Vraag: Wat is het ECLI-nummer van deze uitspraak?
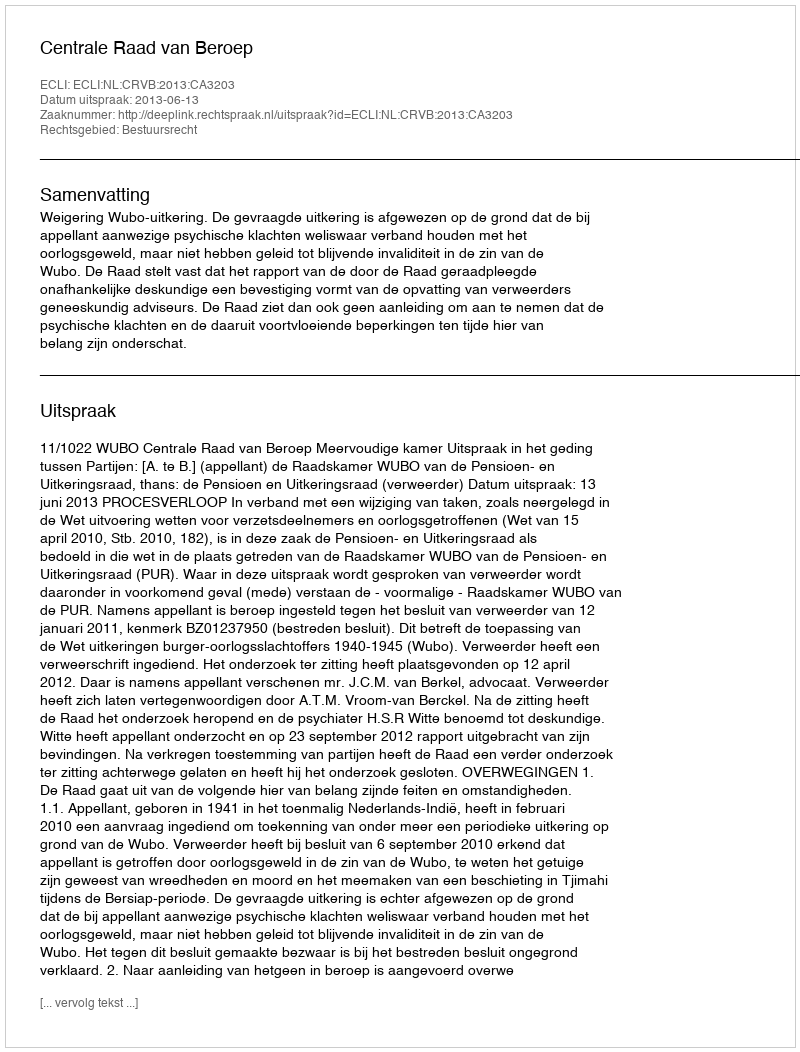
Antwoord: ECLI:NL:CRVB:2013:CA3203